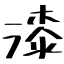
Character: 漆